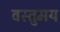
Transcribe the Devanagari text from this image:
वस्तुमय